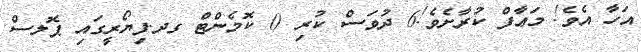
އަހާ އެވެ! މަޢާފް ކުރާށެވެ!6 ދުވަސް ކުރި 0 ކޮމެންޓް ގދ.ފިޔޯރީގައި ޕޮލސް